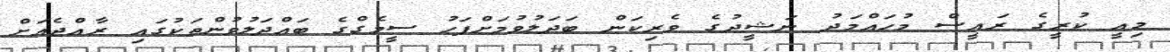
މިއީ ކުރީގެ ރައީސް މުހައްމަދު ނަޝީދުގެ ވެރިކަން ބަދަލުވުމަށްފަހު ސީމެގްގެ ބައްދަލުވުންތަކުގައި ރާއްޖެއަށް